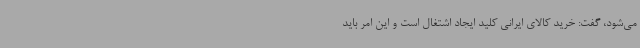
می‌شود، گفت: خرید کالای ایرانی کلید ایجاد اشتغال است و این امر باید